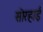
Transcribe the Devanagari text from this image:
सोरहाई